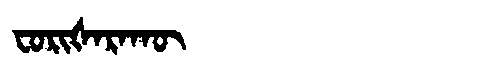
Manchu: ᠸᠣᡵᡳᡧᠠᡵᠠᡴᡡ
Romanization: FORIŠARAKŪ